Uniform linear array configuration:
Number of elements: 12
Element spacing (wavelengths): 1
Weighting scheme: cosine
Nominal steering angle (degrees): -60
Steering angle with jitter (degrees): -60.504
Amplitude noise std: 0.05
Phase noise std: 0.05

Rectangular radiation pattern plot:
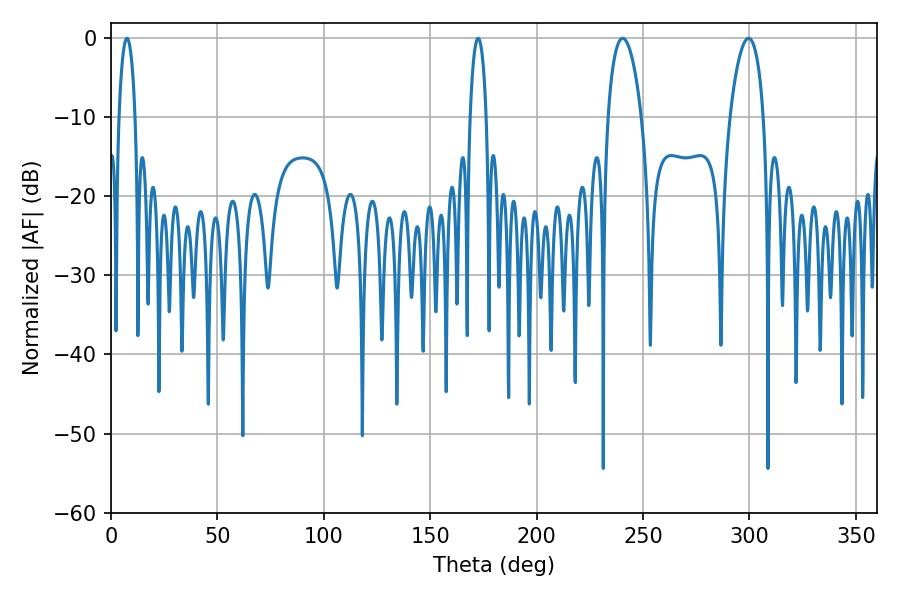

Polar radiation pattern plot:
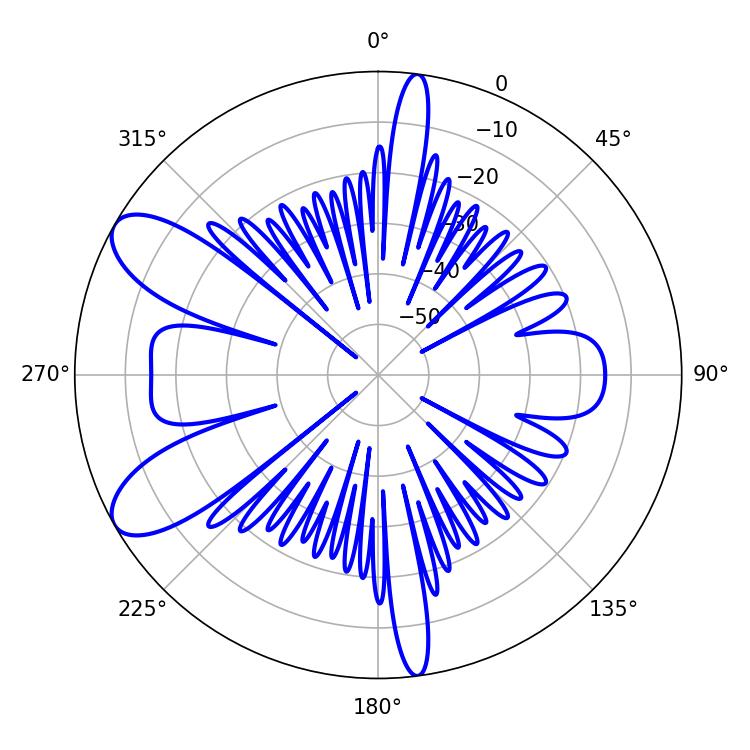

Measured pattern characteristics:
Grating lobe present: TRUE
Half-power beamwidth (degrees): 8.82
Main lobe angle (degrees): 240.48